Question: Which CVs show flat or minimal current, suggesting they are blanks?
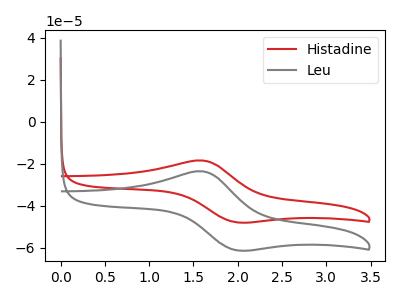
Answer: <think>The red curve "Histadine" has an anodic peak at (1.60V, -18.55uA) and a cathodic peak at (2.00V, -47.95uA). The gray curve "Leu" has an anodic peak at (1.60V, -23.65uA) and a cathodic peak at (2.00V, -61.25uA).</think>
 <answer>There are not any CV's on this graph that are likely to be blanks.</answer>
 <eval>none</eval>